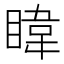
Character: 𪾳